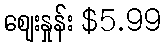
ဈေးနှုန်း $5.99